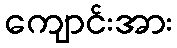
ကျောင်းအား